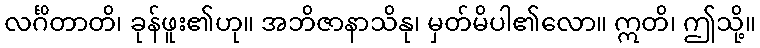
လင်္ဂိတာတိ၊ ခုန်ဖူး၏ဟု။ အဘိဇာနာသိနု၊ မှတ်မိပါ၏လော။ ဣတိ၊ ဤသို့။